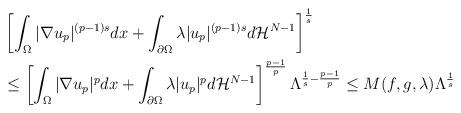
LaTeX: \begin{align*}\begin{aligned}&\left[\int_\Omega |\nabla u_p|^{(p-1)s}dx+\int_{\partial\Omega}\lambda|u_p|^{(p-1)s} d\mathcal H^{N-1}\right]^{\frac1s}\\&\le \left[\int_\Omega |\nabla u_p|^{p}dx+\int_{\partial\Omega}\lambda|u_p|^{p} d\mathcal H^{N-1}\right]^{\frac{p-1}p}\Lambda^{\frac1s-\frac{p-1}p}\le M(f,g,\lambda)\Lambda^{\frac1s}\end{aligned}\end{align*}